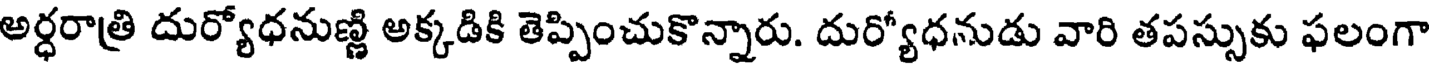
అర్ధరాత్రి దుర్యోధనుణ్ణి అక్కడికి తెప్పించుకొన్నారు. దుర్యోధనుడు వారి తపస్సుకు ఫలంగా